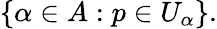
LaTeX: \{ \alpha\in A:p\in U_{\alpha}\} .